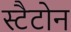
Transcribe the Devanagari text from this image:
स्टैटोन